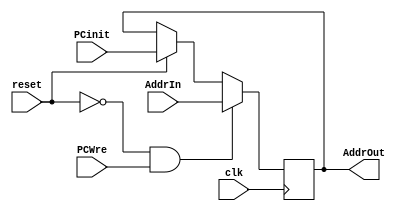
`timescale 1ns / 1ps

//
module PC (PCinit, AddrIn, AddrOut, clk, reset, PCWre);
	input [31:0] PCinit, AddrIn;
	output reg [31:0] AddrOut;
	input clk, reset, PCWre;
	
	always @(posedge clk) begin
		#0.002;
		if (reset == 1)
			AddrOut <= PCinit;
		if (reset == 0 && PCWre == 1)
			AddrOut <= AddrIn;
	end
endmodule